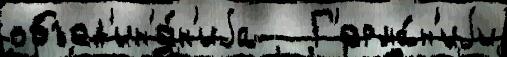
объед'ин'е́н'иjа   Г'ерма́н'иjи